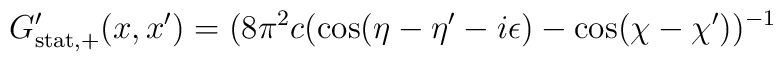
G'_{\rm stat,+}(x,x') = (8\pi^2 c(\cos(\eta-\eta'-i\epsilon)-\cos    (\chi-\chi'))^{-1}